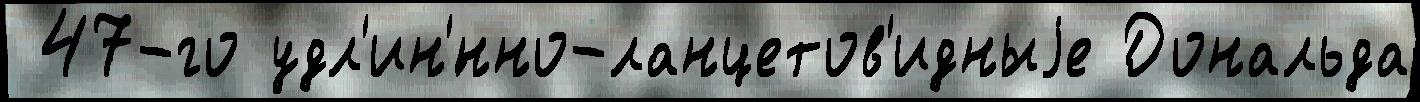
 47-го удл'ин'́нно-ланцетов'идныjе Дональда